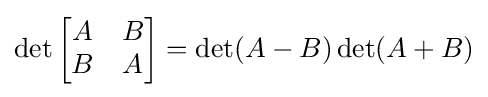
\det {\begin{bmatrix}A&B\\B&A\end{bmatrix}}=\det(A-B)\det(A+B)